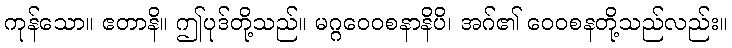
ကုန်သော။ ဧတာနိ။ ဤပုဒ်တို့သည်။ မဂ္ဂဝေဝစနာနိပိ၊ အဂ်၏ ဝေဝစနတို့သည်လည်း။